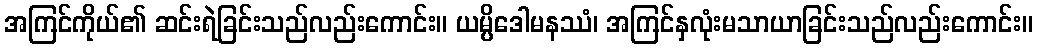
အကြင်ကိုယ်၏ ဆင်းရဲခြင်းသည်လည်းကောင်း။ ယမ္ပိဒေါမနဿံ၊ အကြင်နှလုံးမသာယာခြင်းသည်လည်းကောင်း။